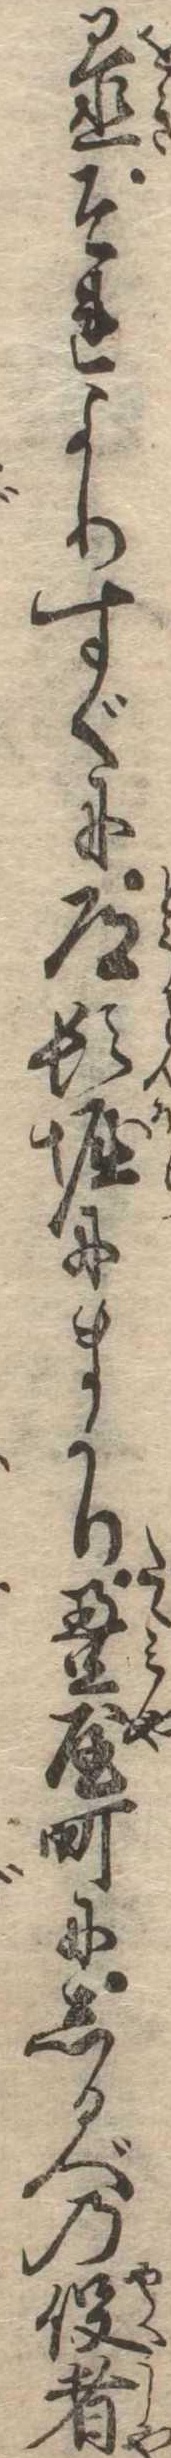
置それよりすぐに道頓堀にまかり畳屋町にしるべの役者